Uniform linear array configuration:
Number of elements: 48
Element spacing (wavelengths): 0.25
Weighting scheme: blackman
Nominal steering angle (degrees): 45
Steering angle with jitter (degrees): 44.217
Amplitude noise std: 0.05
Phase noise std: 0.05

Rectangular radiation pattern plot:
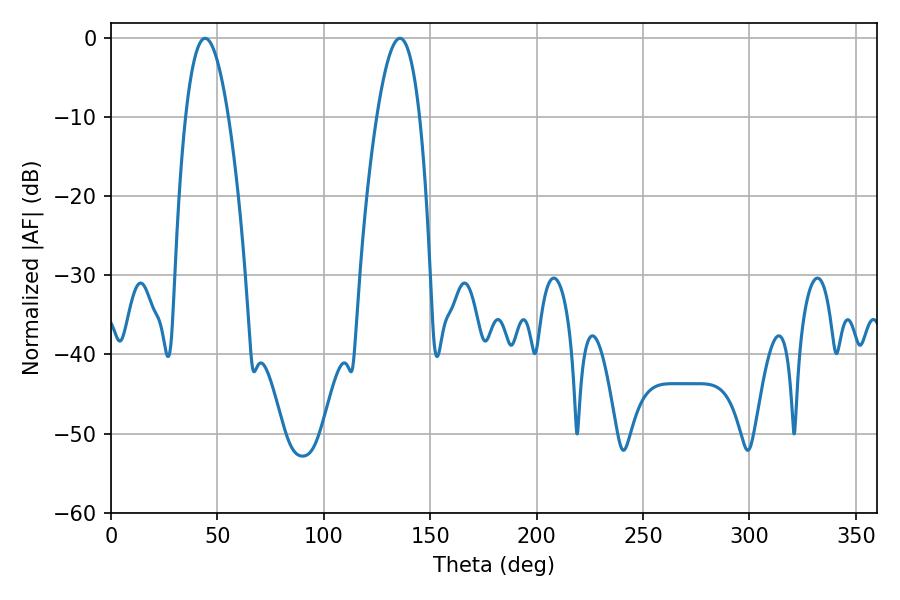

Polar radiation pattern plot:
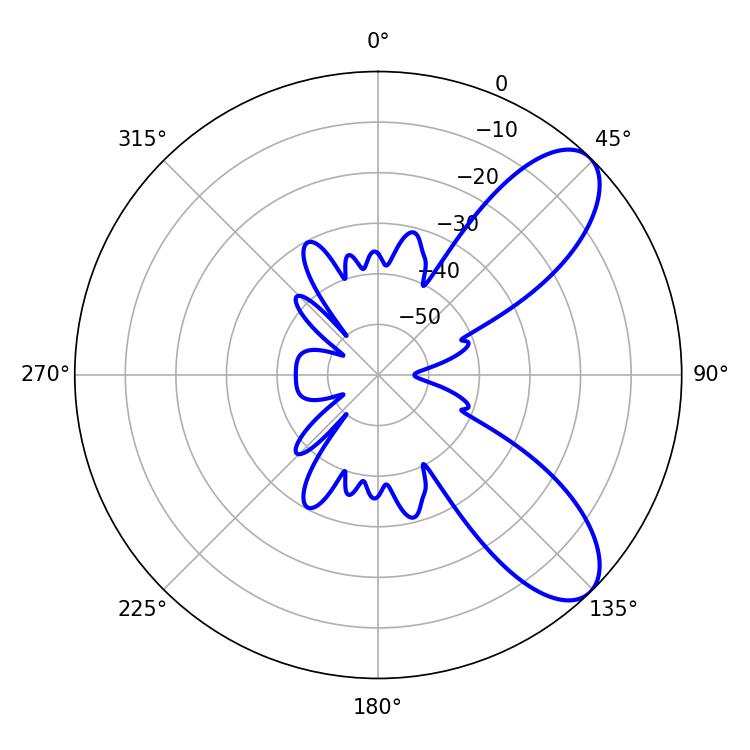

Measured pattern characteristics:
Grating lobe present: FALSE
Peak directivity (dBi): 8.378
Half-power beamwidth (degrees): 10.98
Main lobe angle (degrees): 44.28